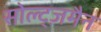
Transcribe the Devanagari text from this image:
सोल्ट्ज़मैन